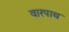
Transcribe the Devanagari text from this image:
वारपाथ